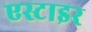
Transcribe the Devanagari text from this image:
एस्टाइर